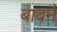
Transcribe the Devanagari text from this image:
बावनै